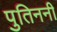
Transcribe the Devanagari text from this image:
पुतिननी